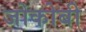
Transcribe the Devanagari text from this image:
जोकोबी